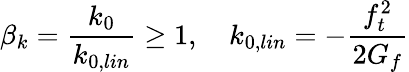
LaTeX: \beta_{k}=\frac{k_{0}}{k_{0,lin}}\geq 1,\quad k_{0,lin}=-\frac{f_{t}^{2}}{2G_{f}}